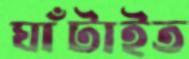
ঘাঁটাইত